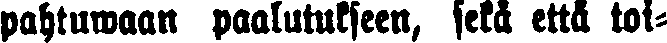
pahtuwaan paalutukseen, sekä että toi-